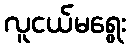
လူငယ်မရွေး